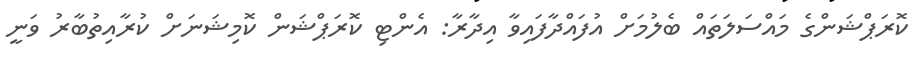
ކޮރަޕްޝަންގެ މައްސަލަތައް ބެލުމަށް އުފައްދާފައިވާ އިދާރާ: އެންޓި ކޮރަޕްޝަން ކޮމިޝަނަށް ކުރާއިތުބާރު ވަނީ